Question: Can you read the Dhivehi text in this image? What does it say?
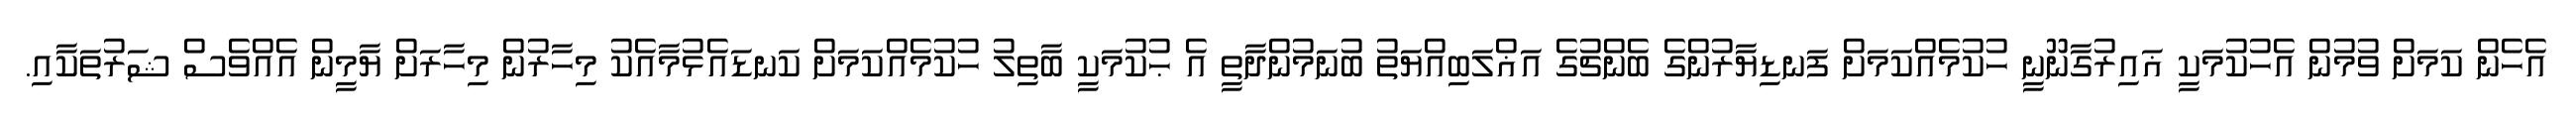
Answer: އެހެން ކަމަށް ވުމުން އެހުކުމަކީ ޣައިރުގާނޫނީ ހުކުމެއްކަމަށް ފަނޑިޔާރުންގެ ބެންޗުގެ އަޣްލަބިއްޔަތު ބުނަމުންދާތީ އެ ޙުކުމަކީ ބާތިލު ހުކުމެއްކަމަށް ކަނޑައެޅުމާއެކު މިހާރުން މިހާރަށް ޔާމީން އެއްވެސް ޝަރުތަކާއި.